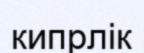
кипрлік